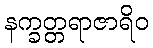
နက္ခတ္တရာဇာရိဝ